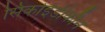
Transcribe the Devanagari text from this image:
सिकोईडीकौन